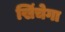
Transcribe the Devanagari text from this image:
खिंचेगा